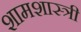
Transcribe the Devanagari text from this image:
शामशास्त्री